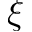
\xi